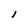
Character: l